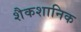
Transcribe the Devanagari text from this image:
शैकशानिक